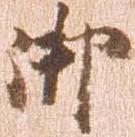
御